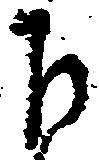
下